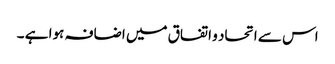
اس سے اتحاد و اتفاق میں اضافہ ہوا ہے ۔